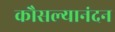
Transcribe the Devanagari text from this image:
कौसल्यानंदन